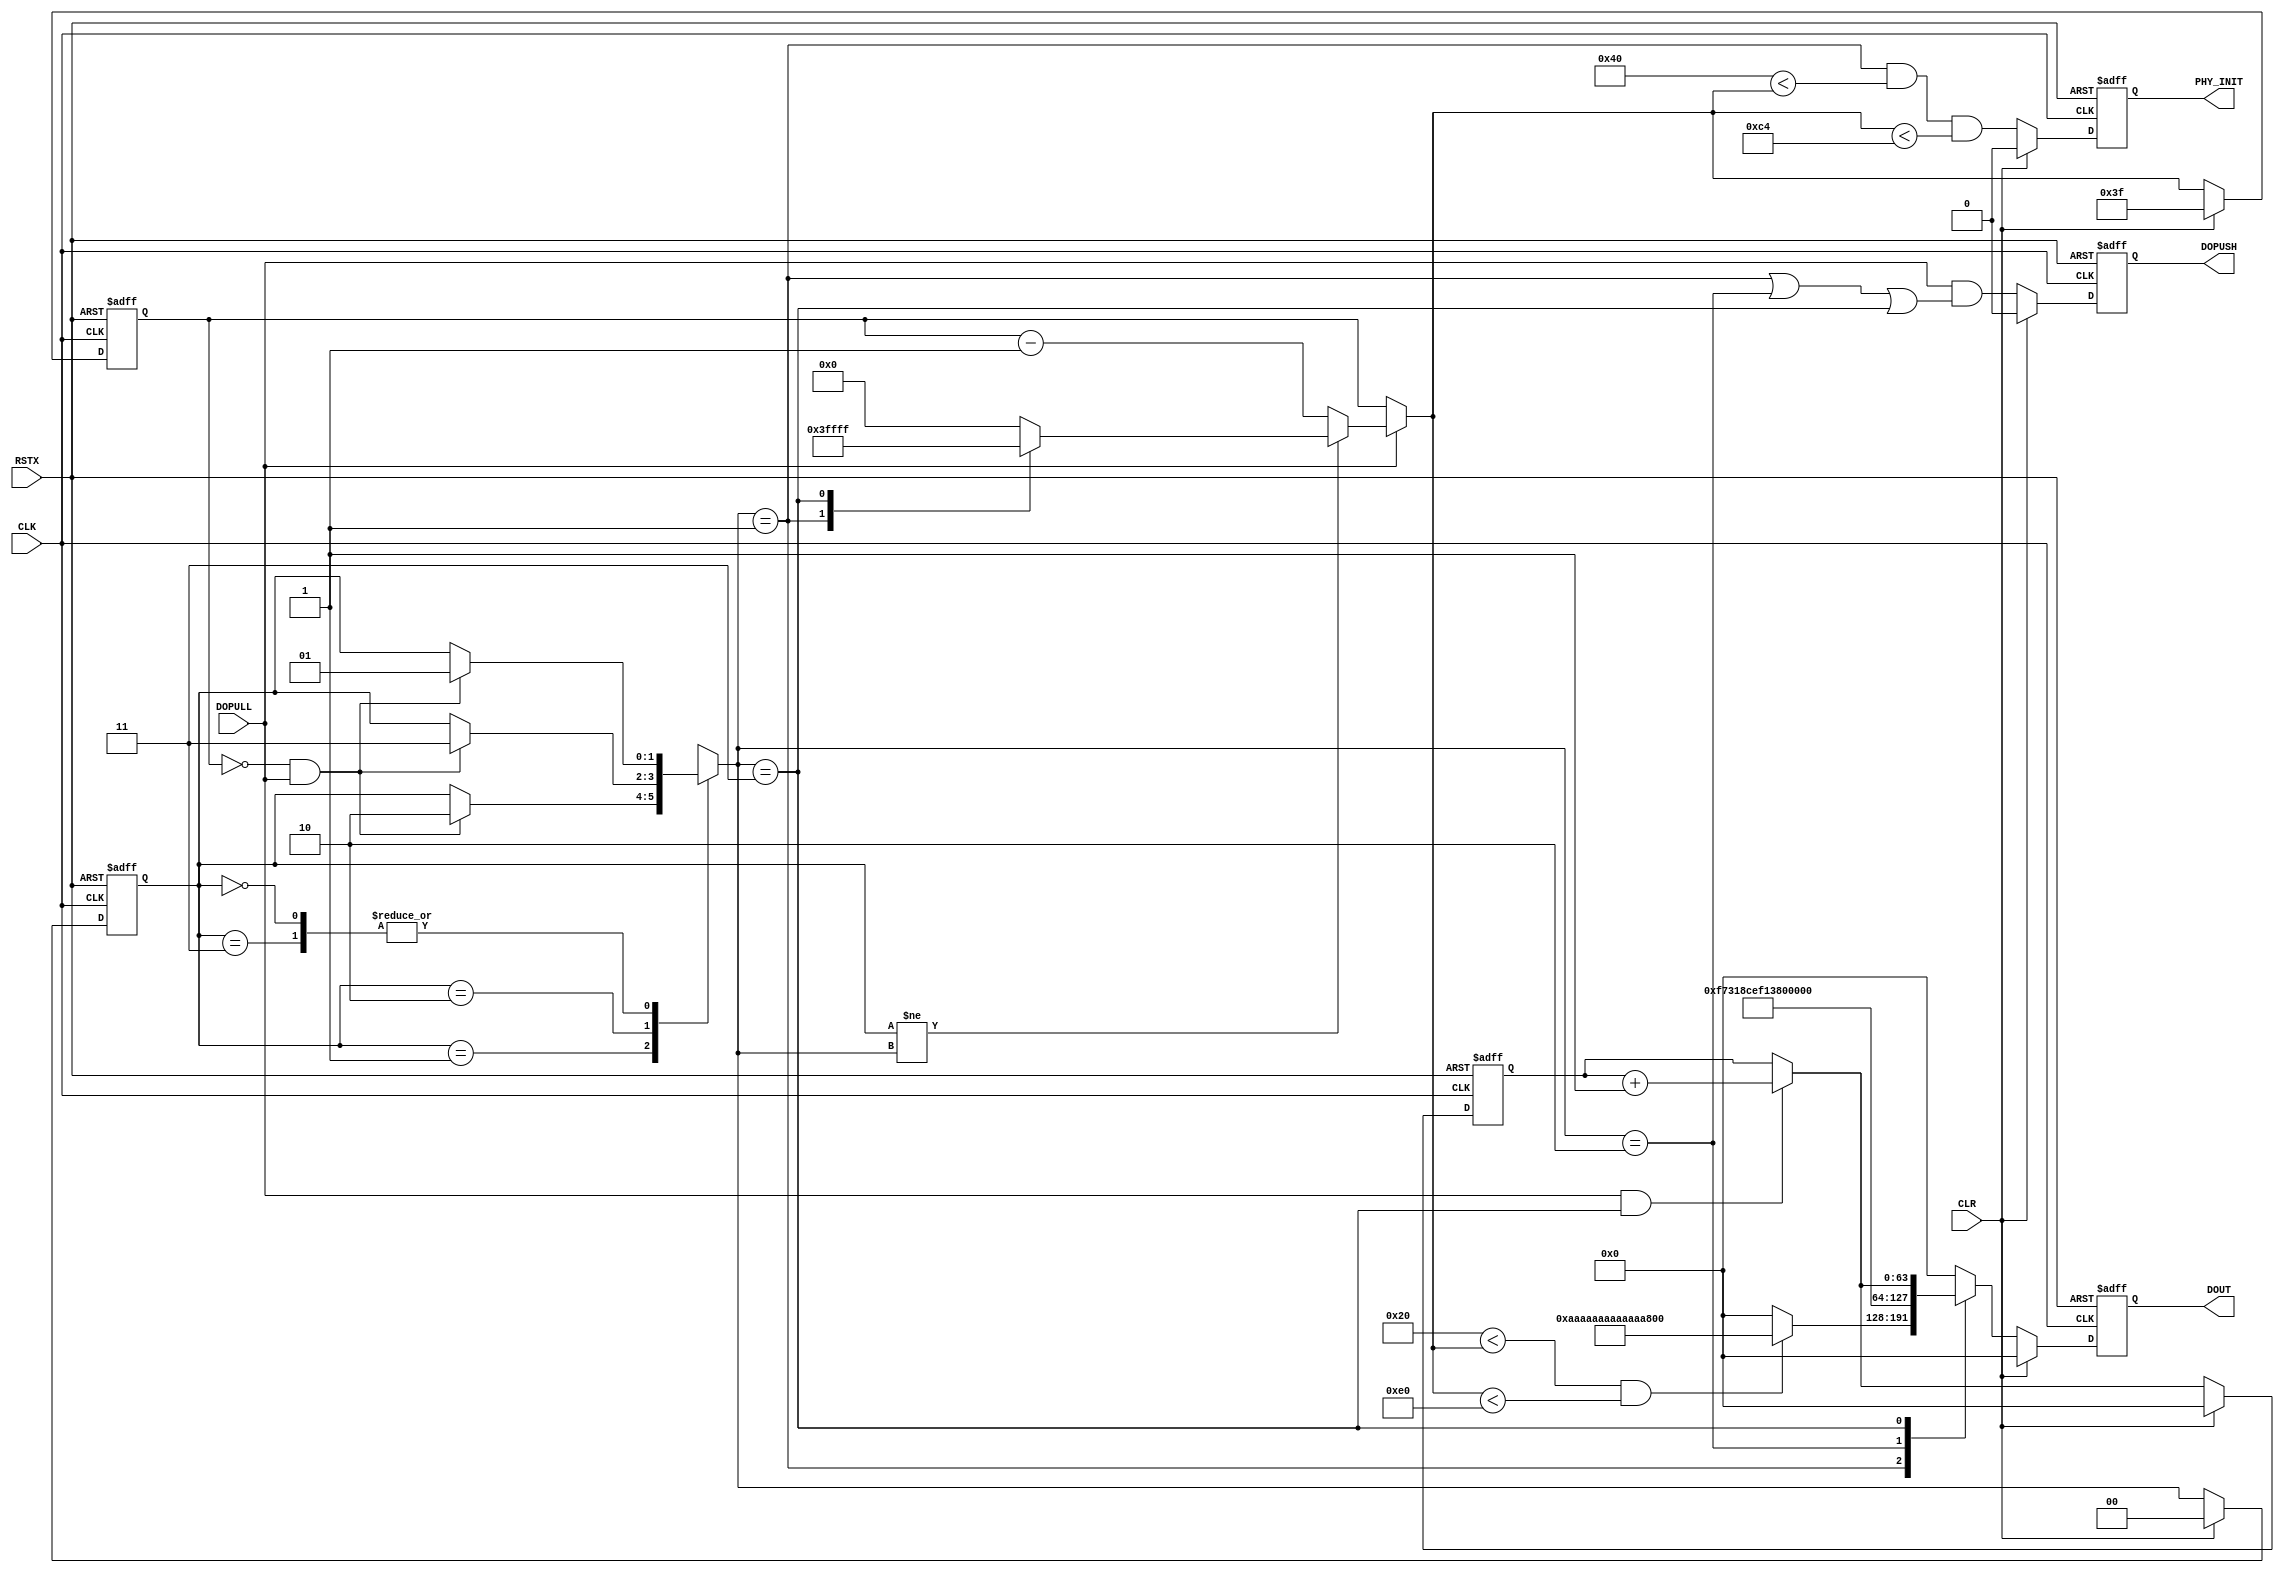
module parallel_send (
 input             CLK,
 input             RSTX,
 input             DOPULL,
 input             CLR,

 output reg        DOPUSH,
 output reg        PHY_INIT,
 output reg [63:0] DOUT
);

localparam INIT          = 2'd0,
           DELAY_ADJUST  = 2'd1,
           WORD_ALIGN    = 2'd2,
           DATA_TRANSFER = 2'd3;

reg [9:0] cnt;
reg [1:0] state, state_next;

always @(posedge CLK or negedge RSTX)
  if (!RSTX)    state <= INIT;
  else if (CLR) state <= INIT;
  else          state <= state_next;
always @*
  case (state)
  INIT:
    if (cnt == 0 && DOPULL) state_next = DELAY_ADJUST;
    else                    state_next = state;
  DELAY_ADJUST:
    if (cnt == 0 && DOPULL) state_next = WORD_ALIGN;
    else                    state_next = state;
  WORD_ALIGN:
    if (cnt == 0 && DOPULL) state_next = DATA_TRANSFER;
    else                    state_next = state;
  DATA_TRANSFER:
    if (cnt == 0 && DOPULL) state_next = DELAY_ADJUST;
    else                    state_next = state;
  endcase

always @(posedge CLK or negedge RSTX)
  if (!RSTX)    DOPUSH <= 1'b0;
  else if (CLR) DOPUSH <= 1'b0;
  else          DOPUSH <= DOPULL
                       && (  state_next == DELAY_ADJUST
                          || state_next == WORD_ALIGN
                          || state_next == DATA_TRANSFER );

reg [9:0] cnt_next;
always @*
  if (!DOPULL)      cnt_next = cnt;
  else if (state != state_next)
    case (state_next)
    DELAY_ADJUST  : cnt_next =  10'd255;
    WORD_ALIGN    : cnt_next =    10'd0;
    DATA_TRANSFER : cnt_next = 10'd1023;
    default       : cnt_next =    10'd0;
    endcase
  else              cnt_next = cnt - 10'd1;

always @(posedge CLK or negedge RSTX)
  if (!RSTX)        cnt <= 10'd63;
  else if (CLR)     cnt <= 10'd63;
  else              cnt <= cnt_next;

always @(posedge CLK or negedge RSTX)
  if (!RSTX)    PHY_INIT <= 1'b0;
  else if (CLR) PHY_INIT <= 1'b0;
  else          PHY_INIT <= state_next == DELAY_ADJUST
                         && 10'd64 < cnt_next
                         && cnt_next < 10'd196;

reg [63:0] test_data;
wire [63:0] test_data_next = DOPULL && state_next == DATA_TRANSFER
                           ? test_data + 64'd1
                           : test_data;
always @(posedge CLK or negedge RSTX)
  if (!RSTX)    test_data <= 64'd0;
  else if (CLR) test_data <= 64'd0;
  else          test_data <= test_data_next;

always @(posedge CLK or negedge RSTX)
  if (!RSTX)       DOUT <= 64'd0;
  else if (CLR)    DOUT <= 64'd0;
  else
    case (state_next)
    DELAY_ADJUST :
      if (10'd32 < cnt_next && cnt_next < 10'd224)
                   DOUT <= 64'hAAAA_AAAA_AAAA_AAAA;
      else         DOUT <=                   64'd0;
    WORD_ALIGN   : DOUT <= 64'hF731_8CEF_137F_FEC8;
    DATA_TRANSFER: DOUT <=          test_data_next;
    default      : DOUT <=                   64'd0;
    endcase

endmodule